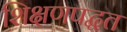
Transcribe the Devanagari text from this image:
शिक्षणपद्धत